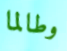
وطالما